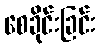
စေခိုင်းခြင်း